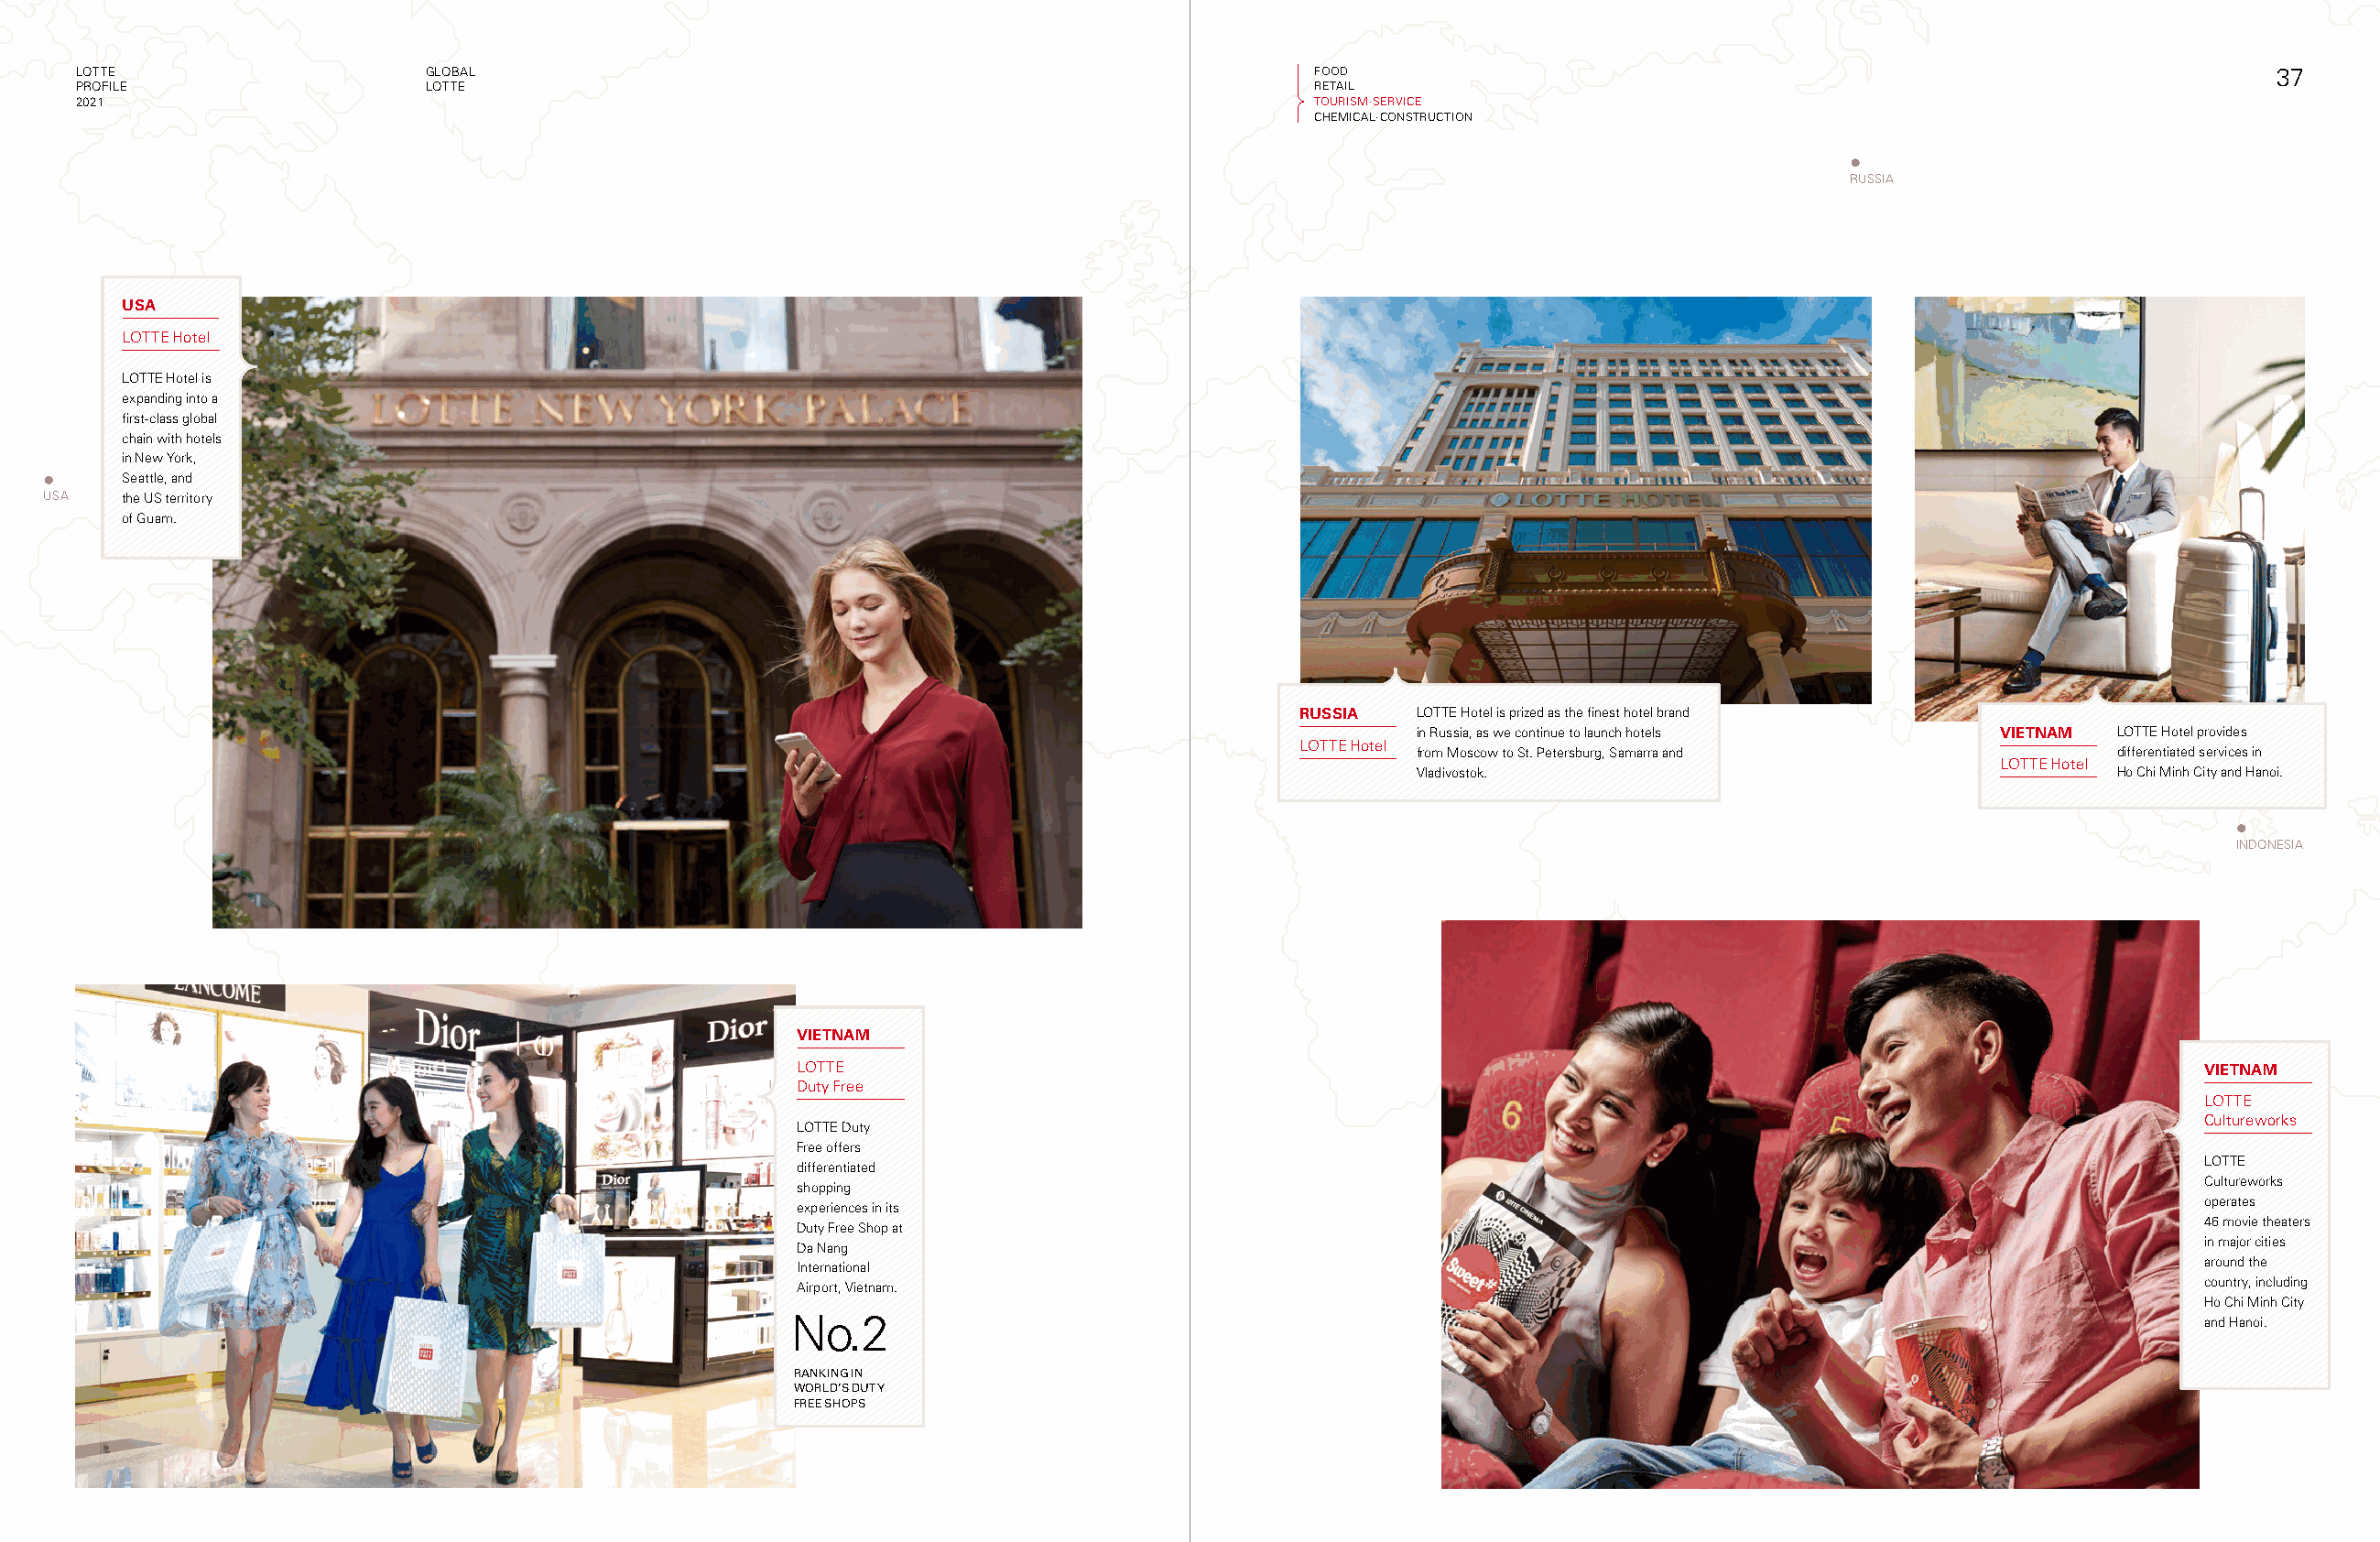
LOTTE                     GLOBAL                                                          FOOD                                                                  37
 PROFILE                   LOTTE                                                           RETAIL
 2021                                                                                      TOURISM·SERVICE
 CHEMICAL·CONSTRUCTION
 RUSSIA
 USA
 LOTTE Hotel
 LOTTE Hotel is
 expanding into a
 first-class global
 chain with hotels
 in New York,
 Seattle, and
 USA   the US territory
 of Guam.
 VIETNAM
 RUSSIA  LOTTE Hotel is prized as the finest hotel brand
 in Russia, as we continue to launch hotels VIETNAM LOTTE Hotel provides
 LOTTE Hotel
 from Moscow to St. Petersburg, Samarra and         differentiated services in
 LOTTE Hotel
 Vladivostok.                                       Ho Chi Minh City and Hanoi.
 INDONESIA
 VIETNAM
 LOTTE                                                                                                VIETNAM
 Duty Free
 LOTTE
 Cultureworks
 LOTTE Duty
 Free offers
 LOTTE
 differentiated
 Cultureworks
 shopping
 operates
 experiences in its
 46 movie theaters
 Duty Free Shop at
 in major cities
 Da Nang
 around the
 International
 country, including
 Airport, Vietnam.
 Ho Chi Minh City
 No.2                                                                                                  and Hanoi.
 RANKING IN
 WORLD’S DUTY
 FREE SHOPS